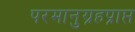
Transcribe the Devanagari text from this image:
परमानुग्रहप्राप्त